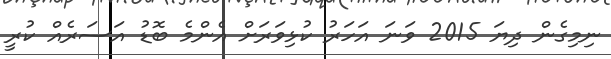
ނިމިގެން ދިޔަ 2015 ވަނަ އަހަރު ކުޅިވަރަށް އެންމެ ބޮޑު އަސަރެއް ކުރީ